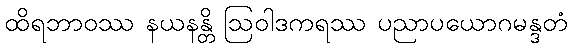
ထိရဘာဝဿ နယနန္တိ ဩဝါဒကရဿ ပညာပယောဂမန္ဒတံ